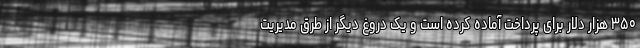
۳۵۰ هزار دلار برای پرداخت آماده کرده است و یک دروغ دیگر از طرق مدیریت